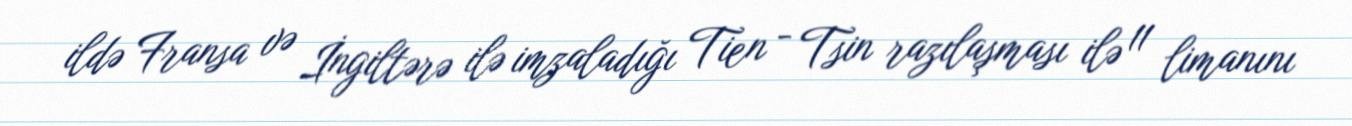
ildə Fransa və İngiltərə ilə imzaladığı Tien - Tsin razılaşması ilə 11 limanını